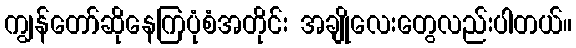
ကျွန်တော်ဆိုနေကြပုံစံအတိုင်း အချိုလေးတွေလည်းပါတယ်။